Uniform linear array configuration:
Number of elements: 32
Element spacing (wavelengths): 0.5
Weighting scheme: binomial
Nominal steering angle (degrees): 45
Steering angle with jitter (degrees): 43.472
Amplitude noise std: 0.05
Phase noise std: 0.05

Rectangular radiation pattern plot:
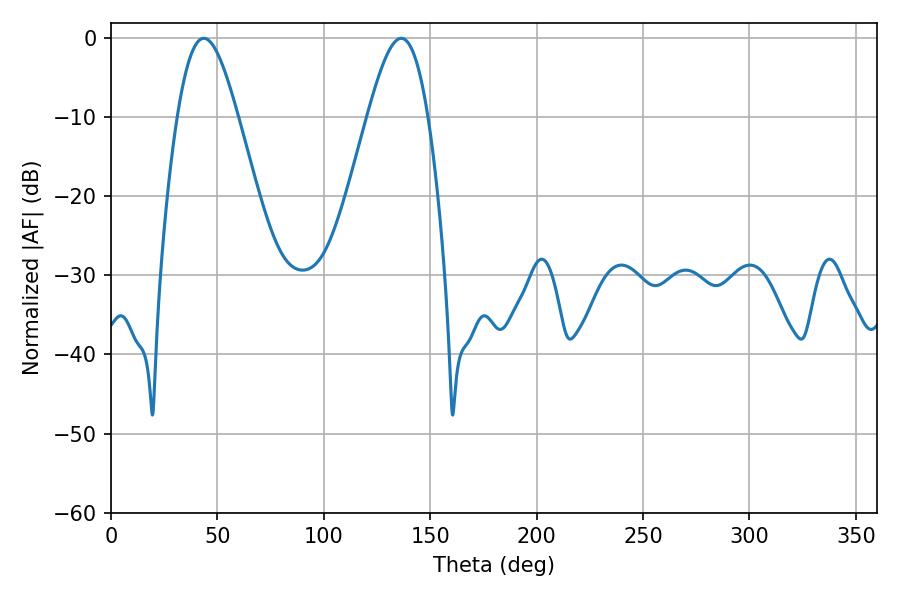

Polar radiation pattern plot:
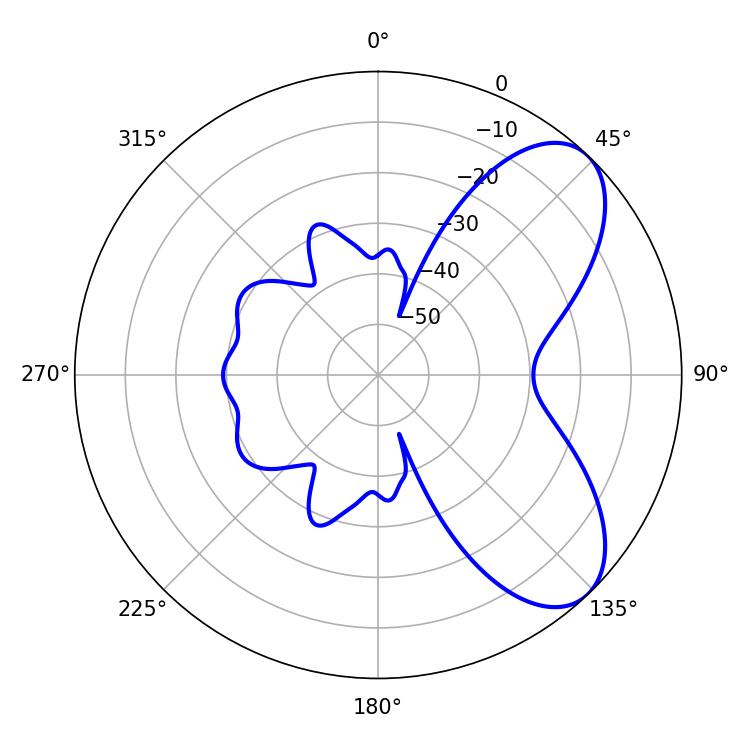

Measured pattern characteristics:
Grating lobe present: FALSE
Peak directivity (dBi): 6.916
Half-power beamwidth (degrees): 15.12
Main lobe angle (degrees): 136.44